Leaving Certificate Examination (including Day School Certificate (Higher) General paper), 1935
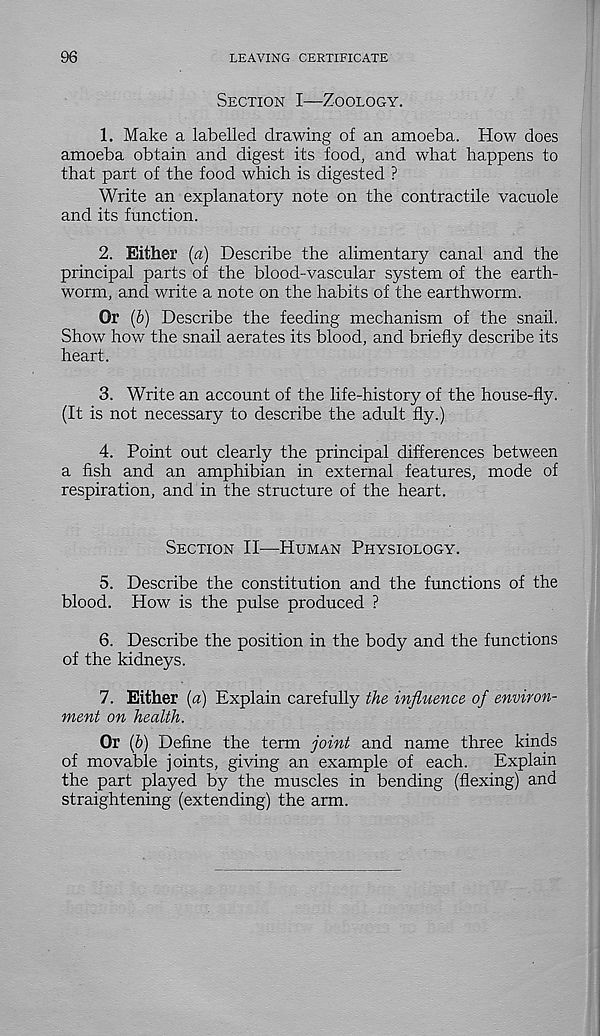
96
LEAVING CERTIFICATE
Section I—Zoology.
1. Make a labelled drawing of an amoeba. How does
amoeba obtain and digest its food, and what happens to
that part of the food which is digested ?
Write an explanatory note on the contractile vacuole
and its function.
2. Either (a) Describe the alimentary canal and the
principal parts of the blood-vascular system of the earth-
worm, and write a note on the habits of the earthworm.
Or (&) Describe the feeding mechanism of the snail.
Show how the snail aerates its blood, and briefly describe its
heart.
3. Write an account of the life-history of the house-fly.
(It is not necessary to describe the adult fly.)
4. Point out clearly the principal differences between
a fish and an amphibian in external features, mode of
respiration, and in the structure of the heart.
Section II—Human Physiology.
5. Describe the constitution and the functions of the
blood. How is the pulse produced ?
6. Describe the position in the body and the functions
of the kidneys.
7. Either (a) Explain carefully the influence of environ-
ment on health.
Or (6) Define the term joint and name three kinds
of movable joints, giving an example of each.
Explain
the part played by the muscles in bending (flexing) and
straightening (extending) the arm.